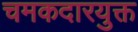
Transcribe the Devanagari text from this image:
चमकदारयुक्त